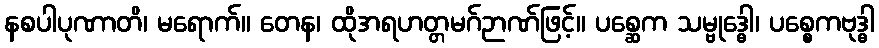
နစပါပုဏာတိ၊ မရောက်။ တေန၊ ထိုအရဟတ္တမဂ်ဉာဏ်ဖြင့်။ ပစ္ဆေက သမ္ဗုဒ္ဓေါ၊ ပစ္စေကဗုဒ္ဓါ